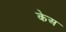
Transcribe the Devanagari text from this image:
केअ